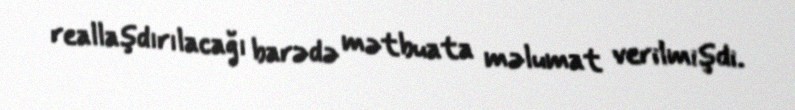
reallaşdırılacağı barədə mətbuata məlumat verilmişdi.